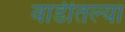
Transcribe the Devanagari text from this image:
वाडीतल्या